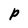
Character: P